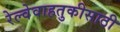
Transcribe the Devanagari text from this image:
रेल्वेवाहतुकीसाठी